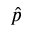
\hat { p }